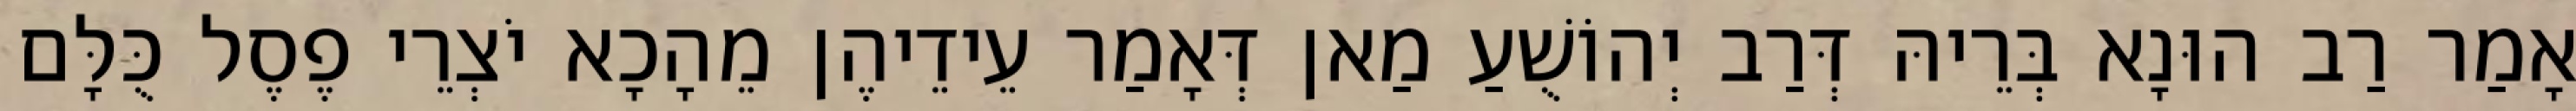
אָמַר רַב הוּנָא בְּרֵיהּ דְּרַב יְהוֹשֻׁעַ מַאן דְּאָמַר עֵידֵיהֶן מֵהָכָא יֹצְרֵי פֶסֶל כֻּלָּם